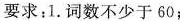
要求：1.词数不少于60；